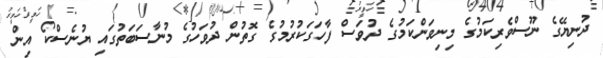
ދުނިޔޭގެ ނޫސްވެރިކަމުގެ މިނިވަންކަމުގެ ދުވަސް ފާހަގަކުރުމުގެ ގޮތުން ދުވަހުގެ މުނާސަބަތުގައި ޔުނެސްކޯ އިން